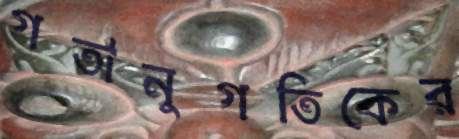
গতানুগতিকের